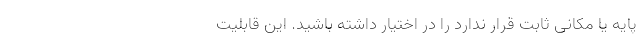
پایه یا مکانی ثابت قرار ندارد را در اختیار داشته باشید. این قابلیت